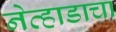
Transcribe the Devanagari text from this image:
नेव्हाडाचा